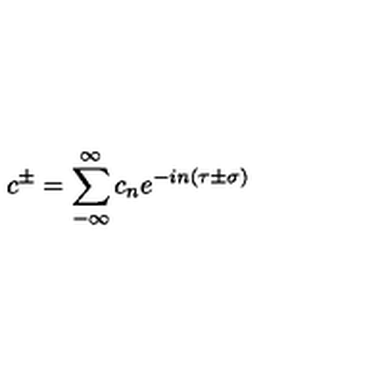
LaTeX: c ^ { \pm } = \sum _ { - \infty } ^ { \infty } c _ { n } e ^ { - i n \left( \tau \pm \sigma \right) }